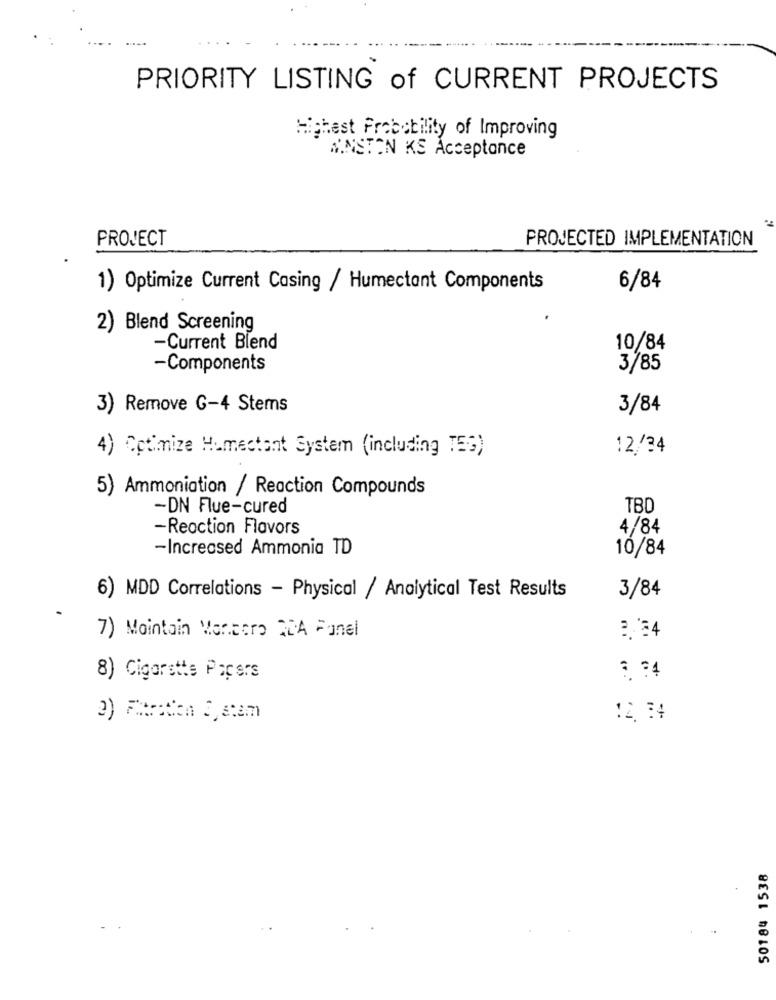
PRIORITY LISTING of CURRENT PROJECTS
Highest Probability of Improving
WINSTON KS Acceptance
PROJECT
PROJECTED IMPLEMENTATION
1) Optimize Current Casing / Humectant Components
6/84
2) Blend Screening
-Current Blend
10/84
-Components
3/85
3) Remove G-4 Stems
3/84
4) Cotimize Humectant System (including TES)
12/34
5) Ammoniation / Reaction Compounds
-DN Flue-cured
TBD
-Reaction Flavors
4/84
-Increased Ammonia TD
10/84
6) MDD Correlations - Physical / Analytical Test Results
3/84
7) Maintain Ventero IDA Funel
8) Cigarstts Papers
: 74
50184 1538